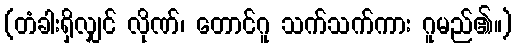
(တံခါးရှိလျှင် လိုဏ်၊ တောင်ဂူ သက်သက်ကား ဂူမည်၏။)